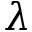
\lambda